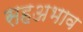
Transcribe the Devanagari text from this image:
सहअभाव